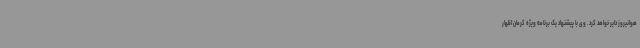
هوانیروز دایر خواهد کرد. وی با پیشنهاد یک برنامه ویژه کرمان اظهار